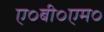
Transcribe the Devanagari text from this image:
ए०बी०एम०